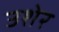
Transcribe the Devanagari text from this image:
उशेर